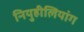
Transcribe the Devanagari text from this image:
नियुहीलियांग